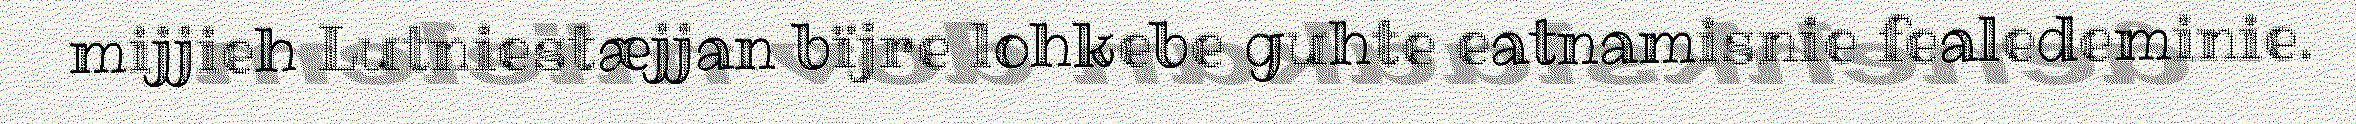
mijjieh Lutniestæjjan bïjre lohkebe guhte eatnamisnie fealedeminie.